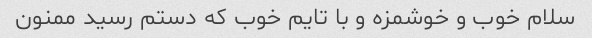
سلام خوب و خوشمزه و با تایم خوب که دستم رسید ممنون